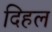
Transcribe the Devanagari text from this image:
दिहल